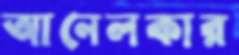
আনেলকার